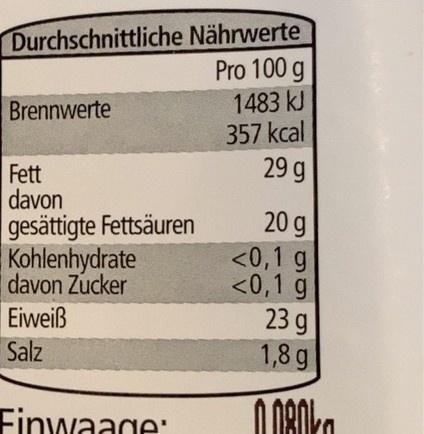
Durchschnittliche Nährwerte Pro 100 g
1483 kJ 357 kcal 29 g
Brennwerte
Fett davon gesättigte Fettsäuren Kohlenhydrate
20 g
<0,1 g <0,1 g 23 g
davon Zucker
Eiweiß
Salz
1,8 g
Finwaage: